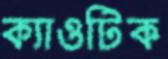
ক্যাওটিক